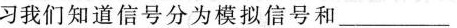
习我们知道信号分为模拟信号和___